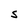
Character: S